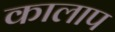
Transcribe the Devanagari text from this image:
कालाप